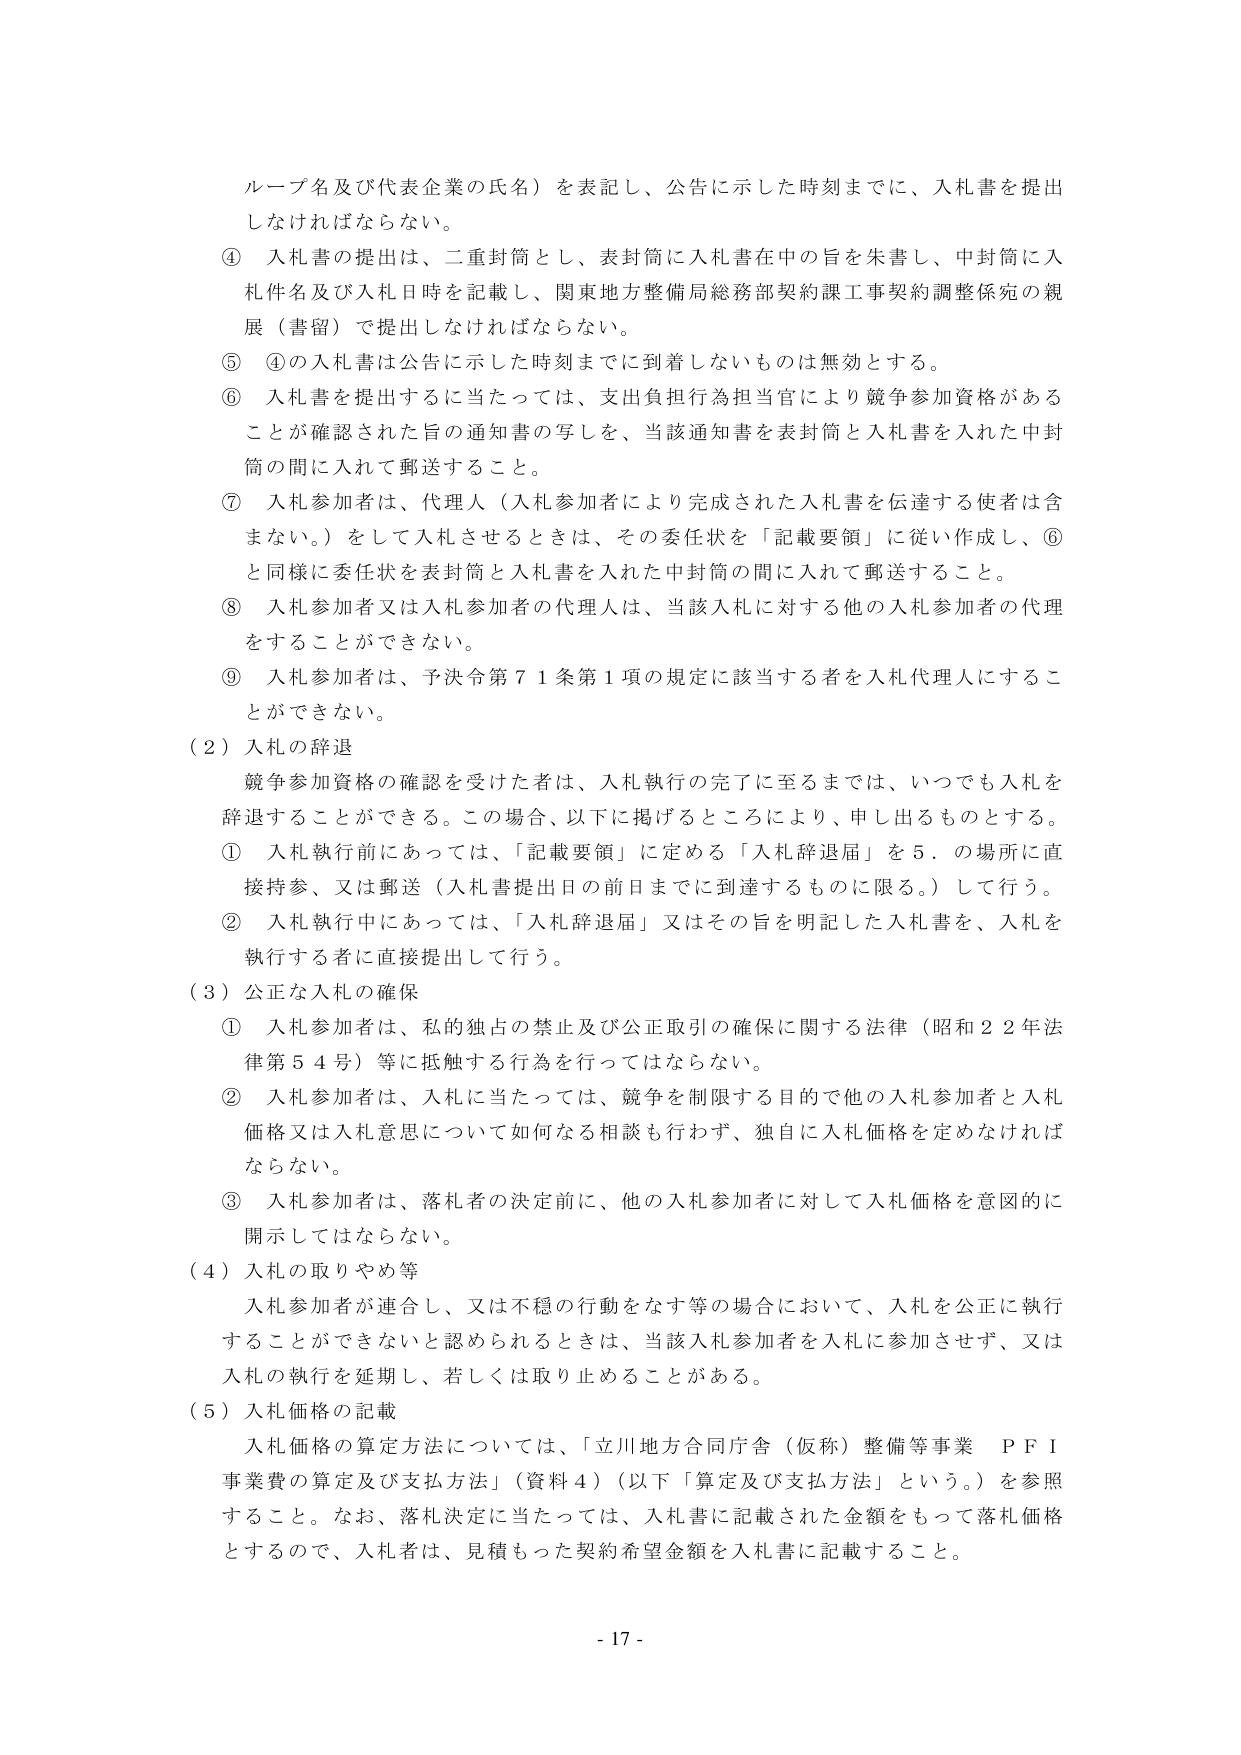
ループ名及び代表企業の氏名）を表記し、公告に示した時刻までに、入札書を提出しなければならない。

④ 入札書の提出は、二重封筒とし、表封筒に入札書在中の旨を朱書し、中封筒に入札件名及び入札日時を記載し、関東地方整備局総務部契約課工事契約調整係宛の親展（書留）で提出しなければならない。

⑤ ④の入札書は公告に示した時刻までに到着しないものは無効とする。

⑥ 入札書を提出するに当たっては、支出負担行為担当官により競争参加資格があることが確認された旨の通知書の写しを、当該通知書を表封筒と入札書を入れた中封筒の間に入れて郵送すること。

⑦ 入札参加者は、代理人（入札参加者により完成された入札書を伝達する使者は含まない。）をして入札させるときは、その委任状を「記載要領」に従い作成し、⑥と同様に委任状を表封筒と入札書を入れた中封筒の間に入れて郵送すること。

⑧ 入札参加者又は入札参加者の代理人は、当該入札に対する他の入札参加者の代理をすることができない。

⑨ 入札参加者は、予決令第71条第1項の規定に該当する者を入札代理人にすることができない。

（2）入札の辞退

競争参加資格の確認を受けた者は、入札執行の完了に至るまでは、いつでも入札を辞退することができる。この場合、以下に掲げるところにより、申し出るものとする。

① 入札執行前においては、「記載要領」に定める「入札辞退届」を5．の場所に直接持参、又は郵送（入札書提出日の前日までに到達するものに限る。）して行う。

② 入札執行中においては、「入札辞退届」又はその旨を明記した入札書を、入札を執行する者に直接提出して行う。

（3）公正な入札の確保

① 入札参加者は、私的独占の禁止及び公正取引の確保に関する法律（昭和22年法律第54号）等に抵触する行為を行ってはならない。

② 入札参加者は、入札に当たっては、競争を制限する目的で他の入札参加者と入札価格又は入札意思について如何なる相談も行わず、独自に入札価格を定めなければならない。

③ 入札参加者は、落札者の決定前に、他の入札参加者に対して入札価格を意図的に開示してはならない。

（4）入札の取りやめ等

入札参加者が連合し、又は不穏の行動をなす等の場合において、入札を公正に執行することができないと認められるときは、当該入札参加者を入札に参加させず、又は入札の執行を延期し、若しくは取り止めることがある。

（5）入札価格の記載

入札価格の算定方法については、「立川地方合同庁舎（仮称）整備等事業 PFI事業費の算定及び支払方法」（資料4）（以下「算定及び支払方法」という。）を参照すること。なお、落札決定に当たっては、入札書に記載された金額をもって落札価格とするので、入札者は、見積もった契約希望金額を入札書に記載すること。

- 17 -